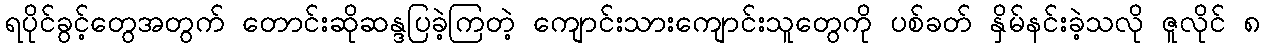
ရပိုင်ခွင့်တွေအတွက် တောင်းဆိုဆန္ဒပြခဲ့ကြတဲ့ ကျောင်းသားကျောင်းသူတွေကို ပစ်ခတ် နှိမ်နင်းခဲ့သလို ဇူလိုင် ၈